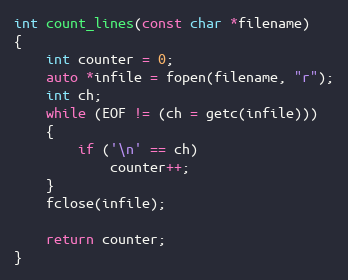
Language: C++
int count_lines(const char *filename)
{
    int counter = 0;
    auto *infile = fopen(filename, "r");
    int ch;
    while (EOF != (ch = getc(infile)))
    {
        if ('\n' == ch)
            counter++;
    }
    fclose(infile);

    return counter;
}